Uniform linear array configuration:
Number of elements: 32
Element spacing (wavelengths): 0.75
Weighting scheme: hamming
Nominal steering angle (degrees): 15
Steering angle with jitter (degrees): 15.218
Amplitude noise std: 0.05
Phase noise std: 0.05

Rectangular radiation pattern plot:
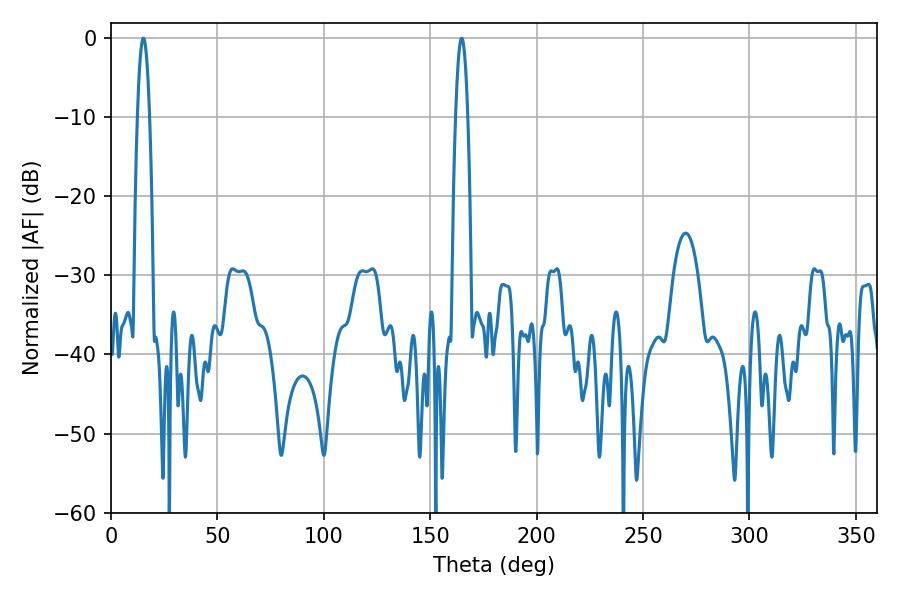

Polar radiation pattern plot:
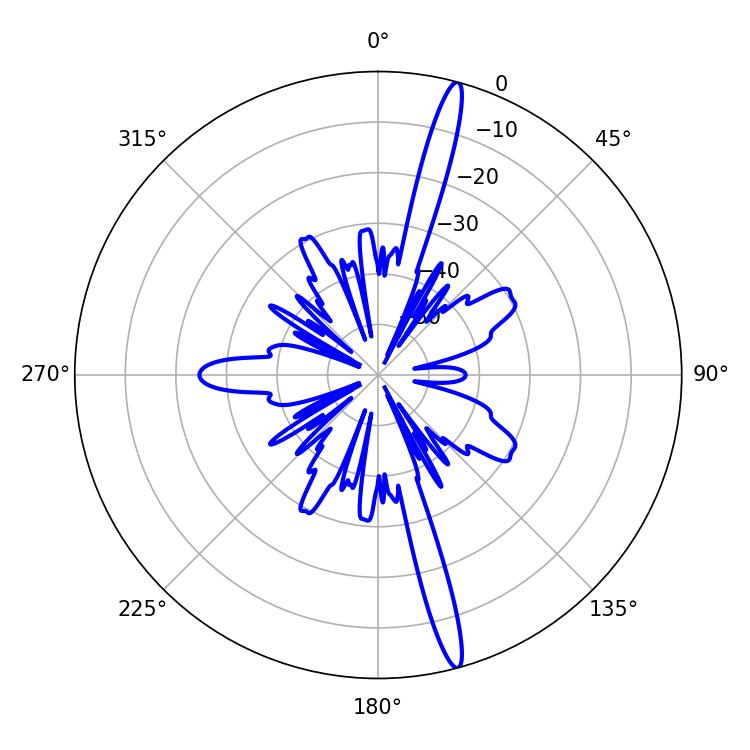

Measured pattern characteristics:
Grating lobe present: TRUE
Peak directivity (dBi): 18.069
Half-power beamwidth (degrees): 3.06
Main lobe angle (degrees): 15.3